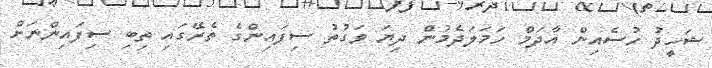
ޝަހީދު ހުސެއިން އާދަމް ހަމަލަދެމުން ދިޔަ ވަގުތު ސިފައިންގެ ތެރޭގައި ތިބި ސިފައިންނަށް